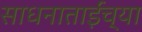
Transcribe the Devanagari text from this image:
साधनाताईंच्या